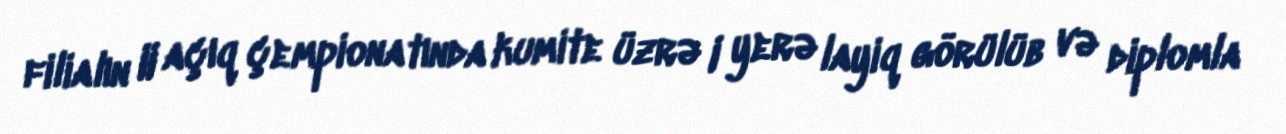
filialın II açıq çempionatında kumite üzrə I yerə layiq görülüb və diplomla